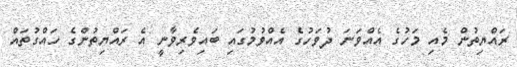
ރައްޔިތުން މެއި މަހުގެ އެއްވަނަ ދުވަހުގެ އެއްވުމުގައި ބައިވެރިވާނީ އެ ރައްޔިތުންގެ ހައްގުތައް